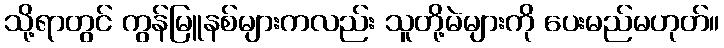
သို့ရာတွင် ကွန်မြူနစ်များကလည်း သူတို့မဲများကို ပေးမည်မဟုတ်။